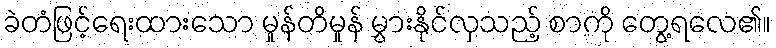
ခဲတံဖြင့်ရေးထားသော မှုန်တိမှုန် မွှားနိုင်လှသည့် စာကို တွေ့ရလေ၏။